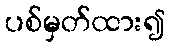
ပစ်မှတ်ထား၍